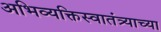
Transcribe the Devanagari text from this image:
अभिव्यक्तिस्वातंत्र्याच्या